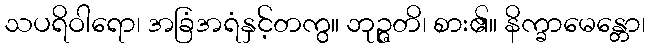
သပရိဝါရော၊ အခြံအရံနှင့်တကွ။ ဘုဉ္ဇတိ၊ စား၏။ နိက္ခာမေန္တော၊